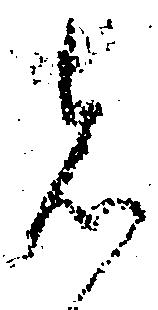
者